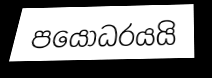
පයෝධරයයි